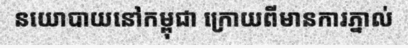
នយោបាយនៅកម្ពុជា ក្រោយពីមានការភ្នាល់